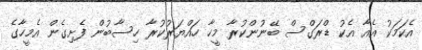
އެކަމަކު އެއާ އެކު ޑްރަގްސް ބޭނުންކުރާ މީހާ ހައްޔަރުކުރާ ހިސާބުން ފެށިގެން އެމީހާގެ